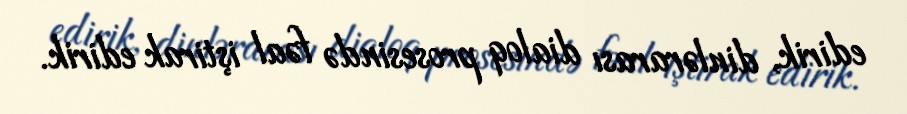
edirik, dinlərarası dialoq prosesində fəal iştirak edirik.